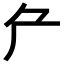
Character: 厃